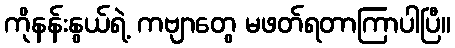
ကိုနန်းနွယ်ရဲ့ ကဗျာတွေ မဖတ်ရတာကြာပါပြီ။